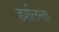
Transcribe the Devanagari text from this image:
हर्शलला